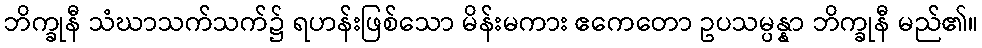
ဘိက္ခုနီ သံဃာသက်သက်၌ ရဟန်းဖြစ်သော မိန်းမကား ဧကေတော ဥပသမ္ပန္နာ ဘိက္ခုနီ မည်၏။